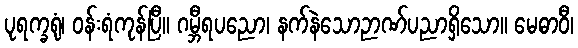
ပုရက္ခရုံ၊ ဝန်းရံကုန်ပြီ။ ဂမ္ဘီရပညော၊ နက်နဲသောဉာဏ်ပညာရှိသော။ မေဓာဝီ၊